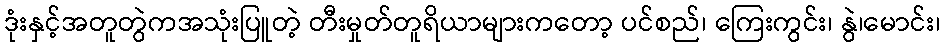
ဒုံးနှင့်အတူတွဲကအသုံးပြူတဲ့ တီးမှုတ်တူရိယာများကတော့ ပင်စည်၊ ကြေးကွင်း၊ နွဲ၊မောင်း၊